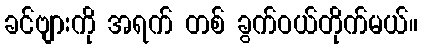
ခင်ဗျားကို အရက် တစ် ခွက်ဝယ်တိုက်မယ်။